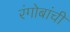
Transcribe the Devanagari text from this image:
रंगोबांची